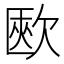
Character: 㰼